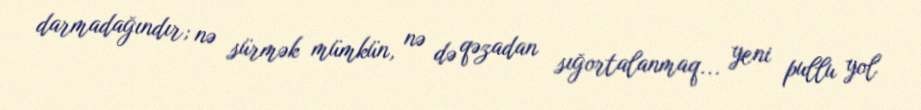
darmadağındır; nə sürmək mümkün, nə də qəzadan sığortalanmaq... yeni pullu yol